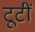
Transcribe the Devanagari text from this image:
टूटीं